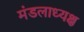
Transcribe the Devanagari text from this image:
मंडलाध्यक्ष